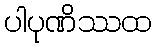
ပါပုဏိဿထ